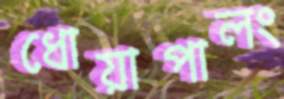
ধোয়াপালং